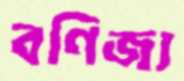
বণিজ্য